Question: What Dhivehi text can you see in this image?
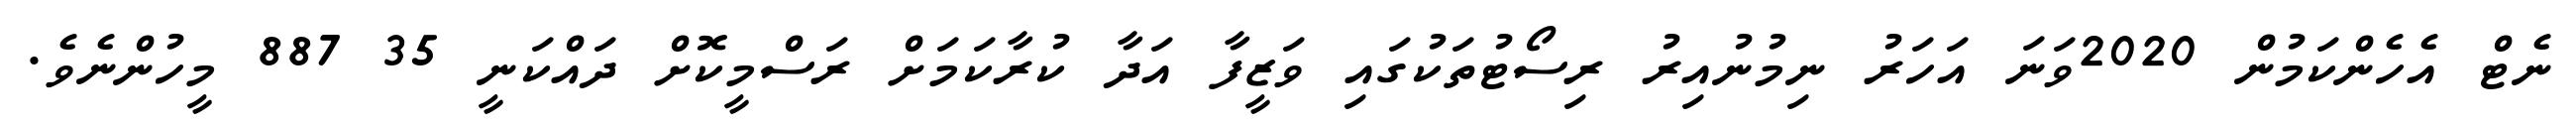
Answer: ނެޓް އެހެންކަމުން 2020ވަނަ އަހަރު ނިމުނުއިރު ރިސޯޓުތަކުގައި ވަޒީފާ އަދާ ކުރާކަމަށް ރަސްމީކޮށް ދައްކަނީ 35 887 މީހުންނެވެ.